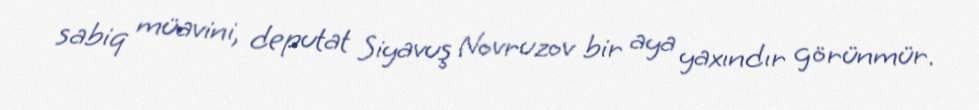
sabiq müavini, deputat Siyavuş Novruzov bir aya yaxındır görünmür.